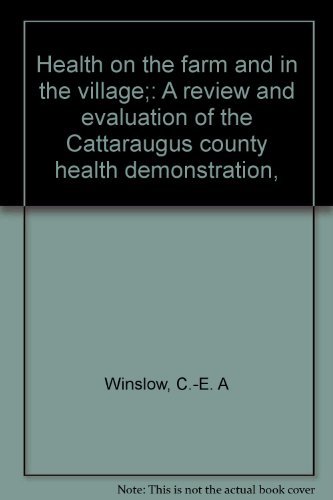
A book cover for Health on the farm and in the village;: A review and evaluation of the Cattaraugus county health demonstration,; C.-E. A Winslow; Medical Books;